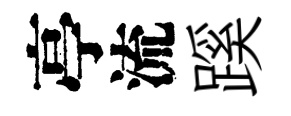
亭流蹊